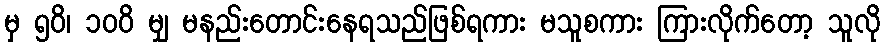
မှ ၅၀ိ၊ ၁၀၀ိ မျှ မနည်းတောင်းနေရသည်ဖြစ်ရကား မသူစကား ကြားလိုက်တော့ သူလို